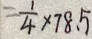
= \frac { 1 } { 4 } \times 7 8 . 5